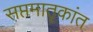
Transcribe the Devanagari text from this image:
सप्तमातृकांत